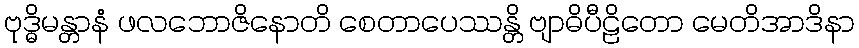
ဗုဒ္ဓိမန္တာနံ ဖလဘောဇိနောတိ စေတာပေဿန္တိ ဗျာဓိပီဠိတော မေတိအာဒိနာ